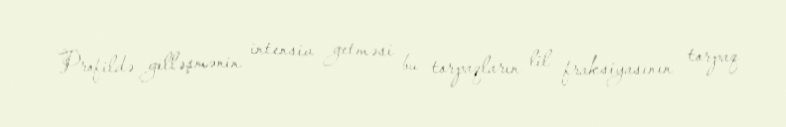
Profildə gilləşmənin intensiv getməsi bu torpaqların lil fraksiyasının torpaq